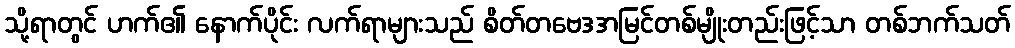
သို့ရာတွင် ဟက်၏ နောက်ပိုင်း လက်ရာများသည် စိတ်တဗေဒအမြင်တစ်မျိုးတည်းဖြင့်သာ တစ်ဘက်သတ်